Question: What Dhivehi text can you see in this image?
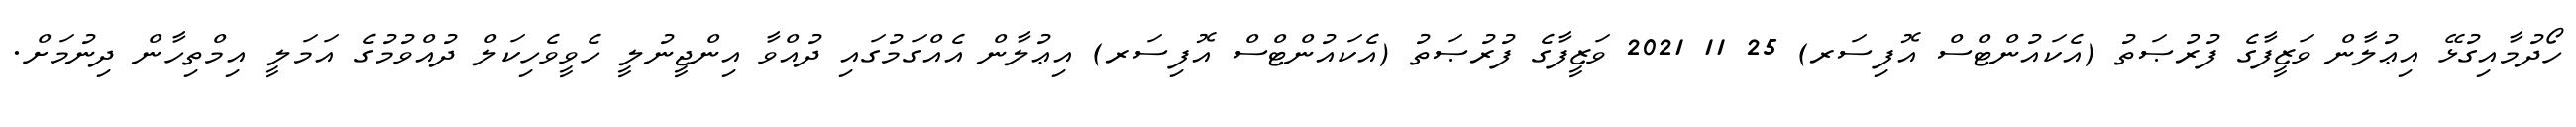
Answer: ހޯދުމާއިގުޅޭ އިޢުލާން ވަޒީފާގެ ފުރުޞަތު (އެކައުންޓްސް އޮފިސަރ) 25 11 2021 ވަޒީފާގެ ފުރުޞަތު (އެކައުންޓްސް އޮފިސަރ) އިޢުލާން އެއްގަމުގައި ދުއްވާ އިންޖީނުލީ ހެވީވެހިކަލް ދުއްވުމުގެ އަމަލީ އިމްތިހާން ދިނުމަށް.